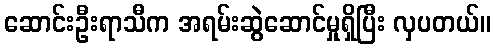
ဆောင်းဦးရာသီက အရမ်းဆွဲဆောင်မှုရှိပြီး လှပတယ်။